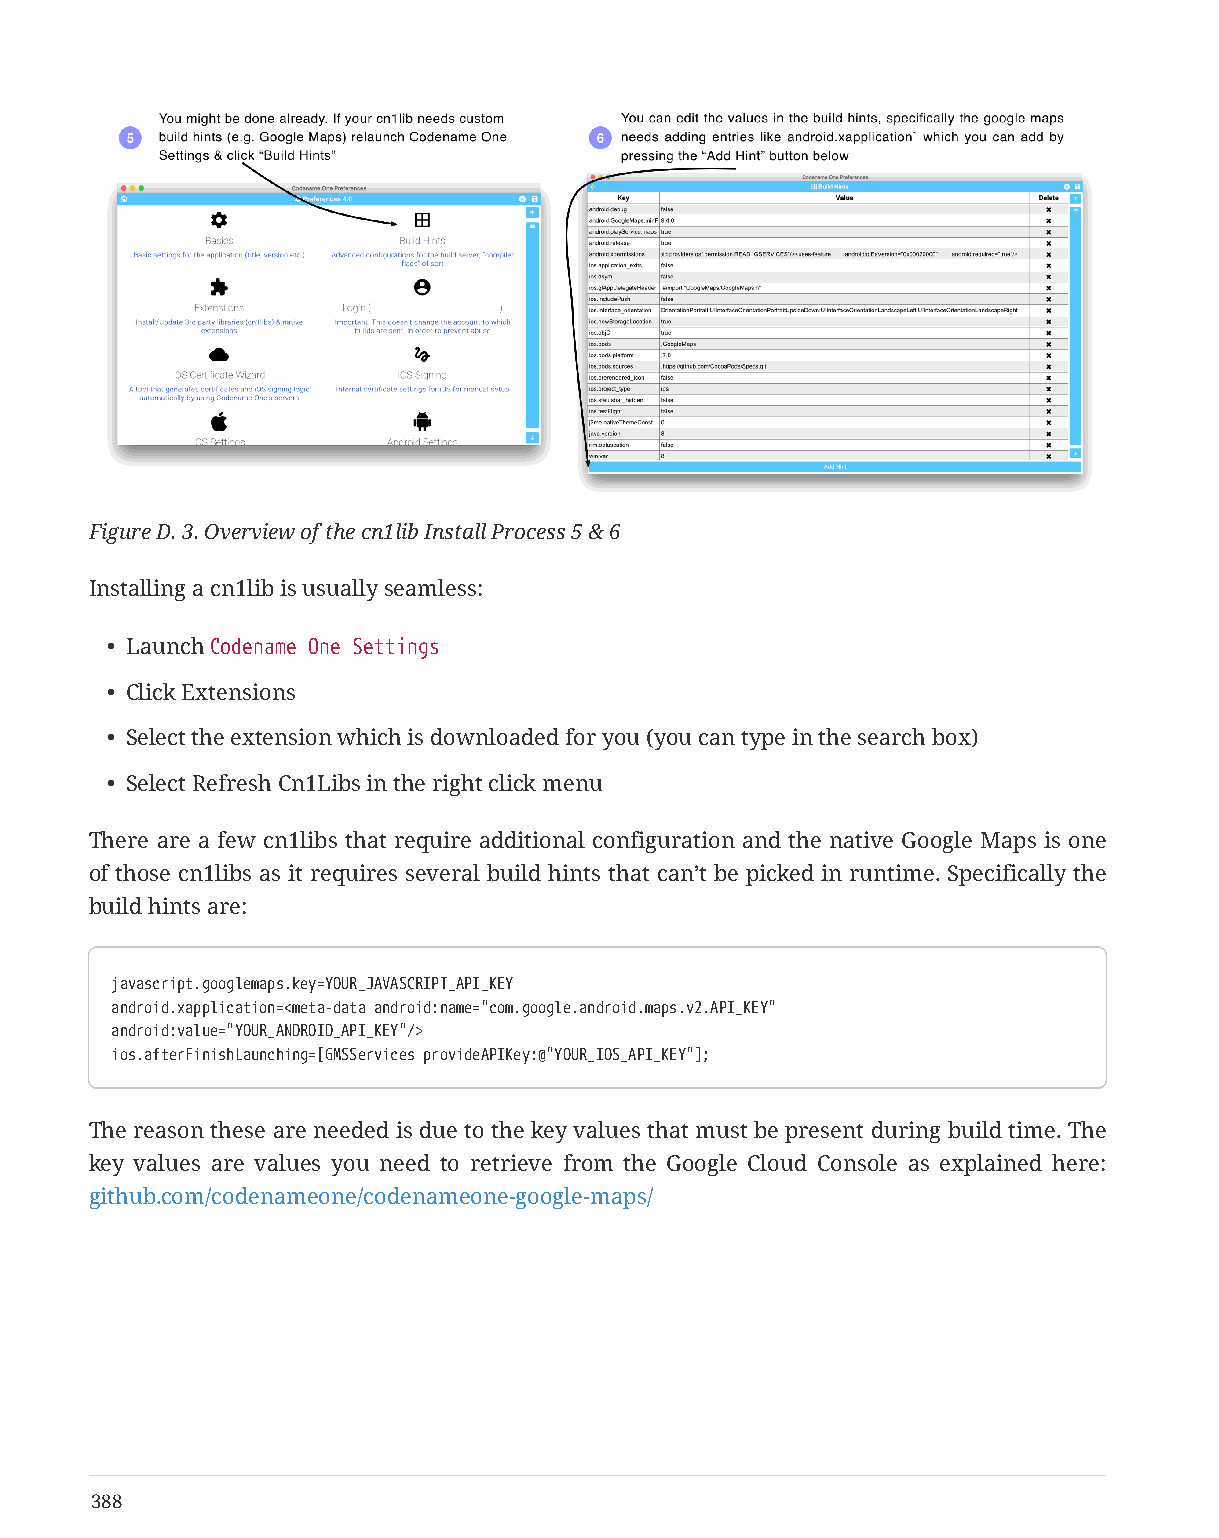
Figure D. 3. Overview of the cn1lib Install Process 5 & 6
 Installing a cn1lib is usually seamless:
 • Launch Codename One Settings
 • Click Extensions
 • Select the extension which is downloaded for you (you can type in the search box)
 • Select Refresh Cn1Libs in the right click menu
 There are a few cn1libs that require additional configuration and the native Google Maps is one
 of those cn1libs as it requires several build hints that can’t be picked in runtime. Specifically the
 build hints are:
 javascript.googlemaps.key=YOUR_JAVASCRIPT_API_KEY
 android.xapplication=<meta-data android:name="com.google.android.maps.v2.API_KEY"
 android:value="YOUR_ANDROID_API_KEY"/>
 ios.afterFinishLaunching=[GMSServices provideAPIKey:@"YOUR_IOS_API_KEY"];
 The reason these are needed is due to the key values that must be present during build time. The
 key values are values you need to retrieve from the Google Cloud Console as explained here:
 github.com/codenameone/codenameone-google-maps/
 388